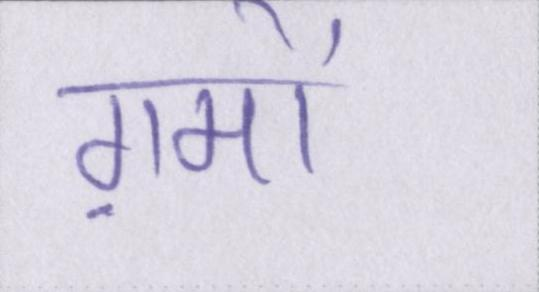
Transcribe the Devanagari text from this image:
ग़मों